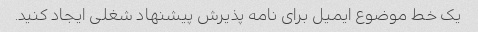
یک خط موضوع ایمیل برای نامه پذیرش پیشنهاد شغلی ایجاد کنید.